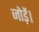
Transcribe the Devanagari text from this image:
जोड़ें।